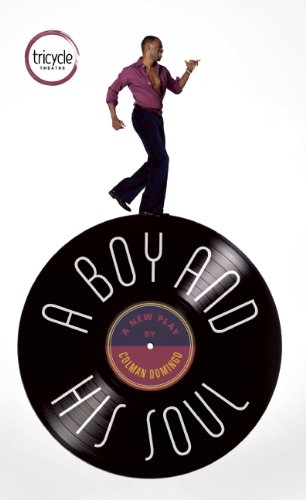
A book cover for A Boy and His Soul (Oberon Modern Plays); Colman Domingo; Literature & Fiction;